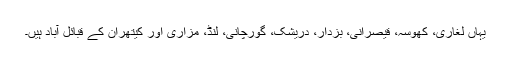
یہاں لغاری، کھوسہ، قیصرانی، بزدار، دریشک، گورچانی، لُنڈ، مزاری اور کیتھران کے قبائل آباد ہیں۔